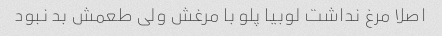
اصلا مرغ نداشت لوبیا پلو با مرغش ولی طعمش بد نبود